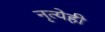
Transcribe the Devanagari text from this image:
नृत्येही